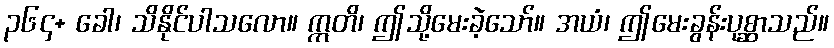
၃၆၄+ ခေါ၊ သိနိုင်ပါသလော။ ဣတိ၊ ဤသို့မေးခဲ့သော်။ အယံ၊ ဤမေးခွန်းပုစ္ဆာသည်။